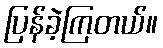
ပြန်ခဲ့ကြတယ်။